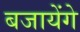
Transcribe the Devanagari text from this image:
बजायेंगे